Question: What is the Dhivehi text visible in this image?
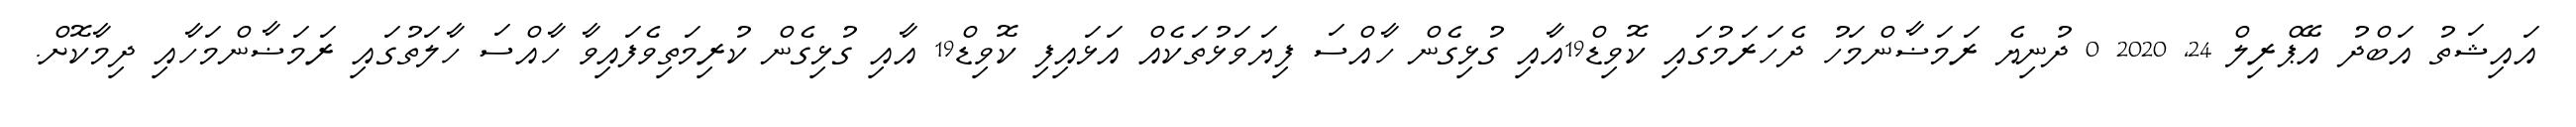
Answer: އައިޝަތު އަބްދު އޭޕްރިލް 24, 2020 0 ދުނިޔެ ރަމަޟާންމަހު ދެހަރަމުގައި ކޮވިޑް19އާއި ގުޅިގެން ހާއްސަ ފިޔަވަޅުތަކެއް އަޅައިފި ކޮވިޑް19 އާއި ގުޅިގެން ކުރިމަތިވެފައިވާ ހާއްސަ ހާލަތުގައި ރަމަޟާންމަހާއި ދިމާކޮށް.